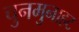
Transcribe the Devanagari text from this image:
चुनमुनाहट